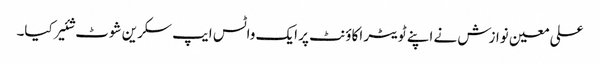
علی معین نوازش نے اپنے ٹویٹر اکاؤنٹ پر ایک واٹس ایپ سکرین شوٹ شئیر کیا۔